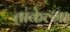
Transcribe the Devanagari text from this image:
ताकेल्मा